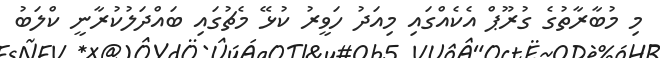
މި މުބާރާތުގެ ގުރޫޕް އެކެއްގައި މިއަދު ހަވީރު ކުޅޭ މެޗުގައި ބައްދަލުކުރާނީ ކްލަބު